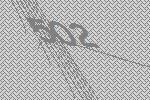
502